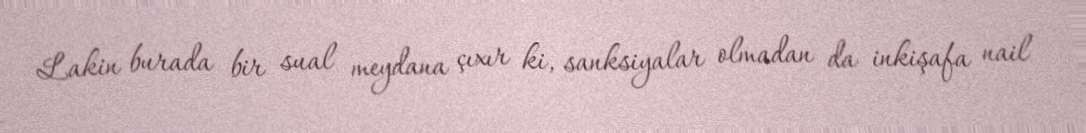
Lakin burada bir sual meydana çıxır ki, sanksiyalar olmadan da inkişafa nail